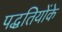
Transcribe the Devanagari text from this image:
पद्धतियोंके